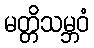
မတ္တိသမ္ဘဝံ